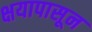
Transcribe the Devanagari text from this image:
क्षयापासून